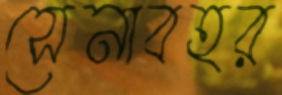
সেনাবহর